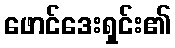
ဖောင်ဒေးရှင်း၏